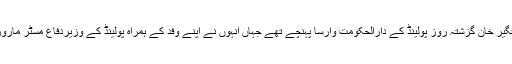
پاکستان کے وزیردفاع خرم دستگیر خان گزشتہ روز پولینڈ کے دارالحکومت وارسا پہنچے تھے جہاں انہوں نے اپنے وفد کے ہمراہ پولینڈ کے وزیردفاع مسٹر ماروز بلاشچاک سے مذاکرات کئے۔